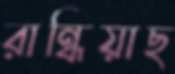
রান্ধিয়াছ